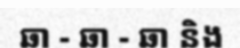
ឆា - ឆា - ឆា និង